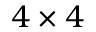
4 \times 4